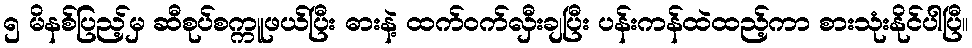
၅ မိနစ်ပြည့်မှ ဆီစုပ်စက္ကူဖယ်ပြီး ဓားနဲ့ ထက်ဝက်လှီးချပြီး ပန်းကန်ထဲထည့်ကာ စားသုံးနိုင်ပါပြီ။